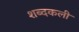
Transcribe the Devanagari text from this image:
शब्दकली